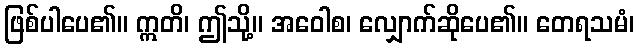
ဖြစ်ပါပေ၏။ ဣတိ၊ ဤသို့။ အဝေါစ၊ လျှောက်ဆိုပေ၏။ တေရသမံ၊